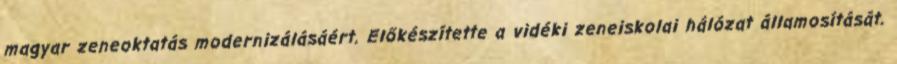
magyar zeneoktatás modernizálásáért. Előkészítette a vidéki zeneiskolai hálózat államosítását.